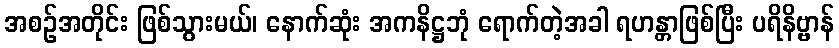
အစဉ်အတိုင်း ဖြစ်သွားမယ်၊ နောက်ဆုံး အကနိဋ္ဌဘုံ ရောက်တဲ့အခါ ရဟန္တာဖြစ်ပြီး ပရိနိဗ္ဗာန်